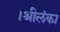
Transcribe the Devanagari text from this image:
।श्रीलंका